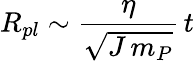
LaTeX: R_{pl}\sim\frac{\eta}{\sqrt{J\, m_{P}}}\, t